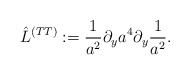
\begin{align*}\hat L^{(TT)}:={1\over a^2}\partial_y a^4\partial_y {1\over a^2}.\end{align*}